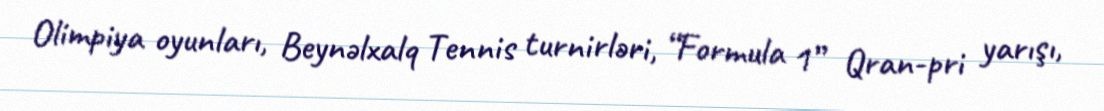
Olimpiya oyunları, Beynəlxalq Tennis turnirləri, “Formula 1” Qran-pri yarışı,